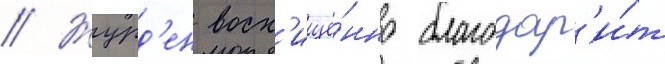
// Журд'ен восх'ищё́нно благодар'и́т